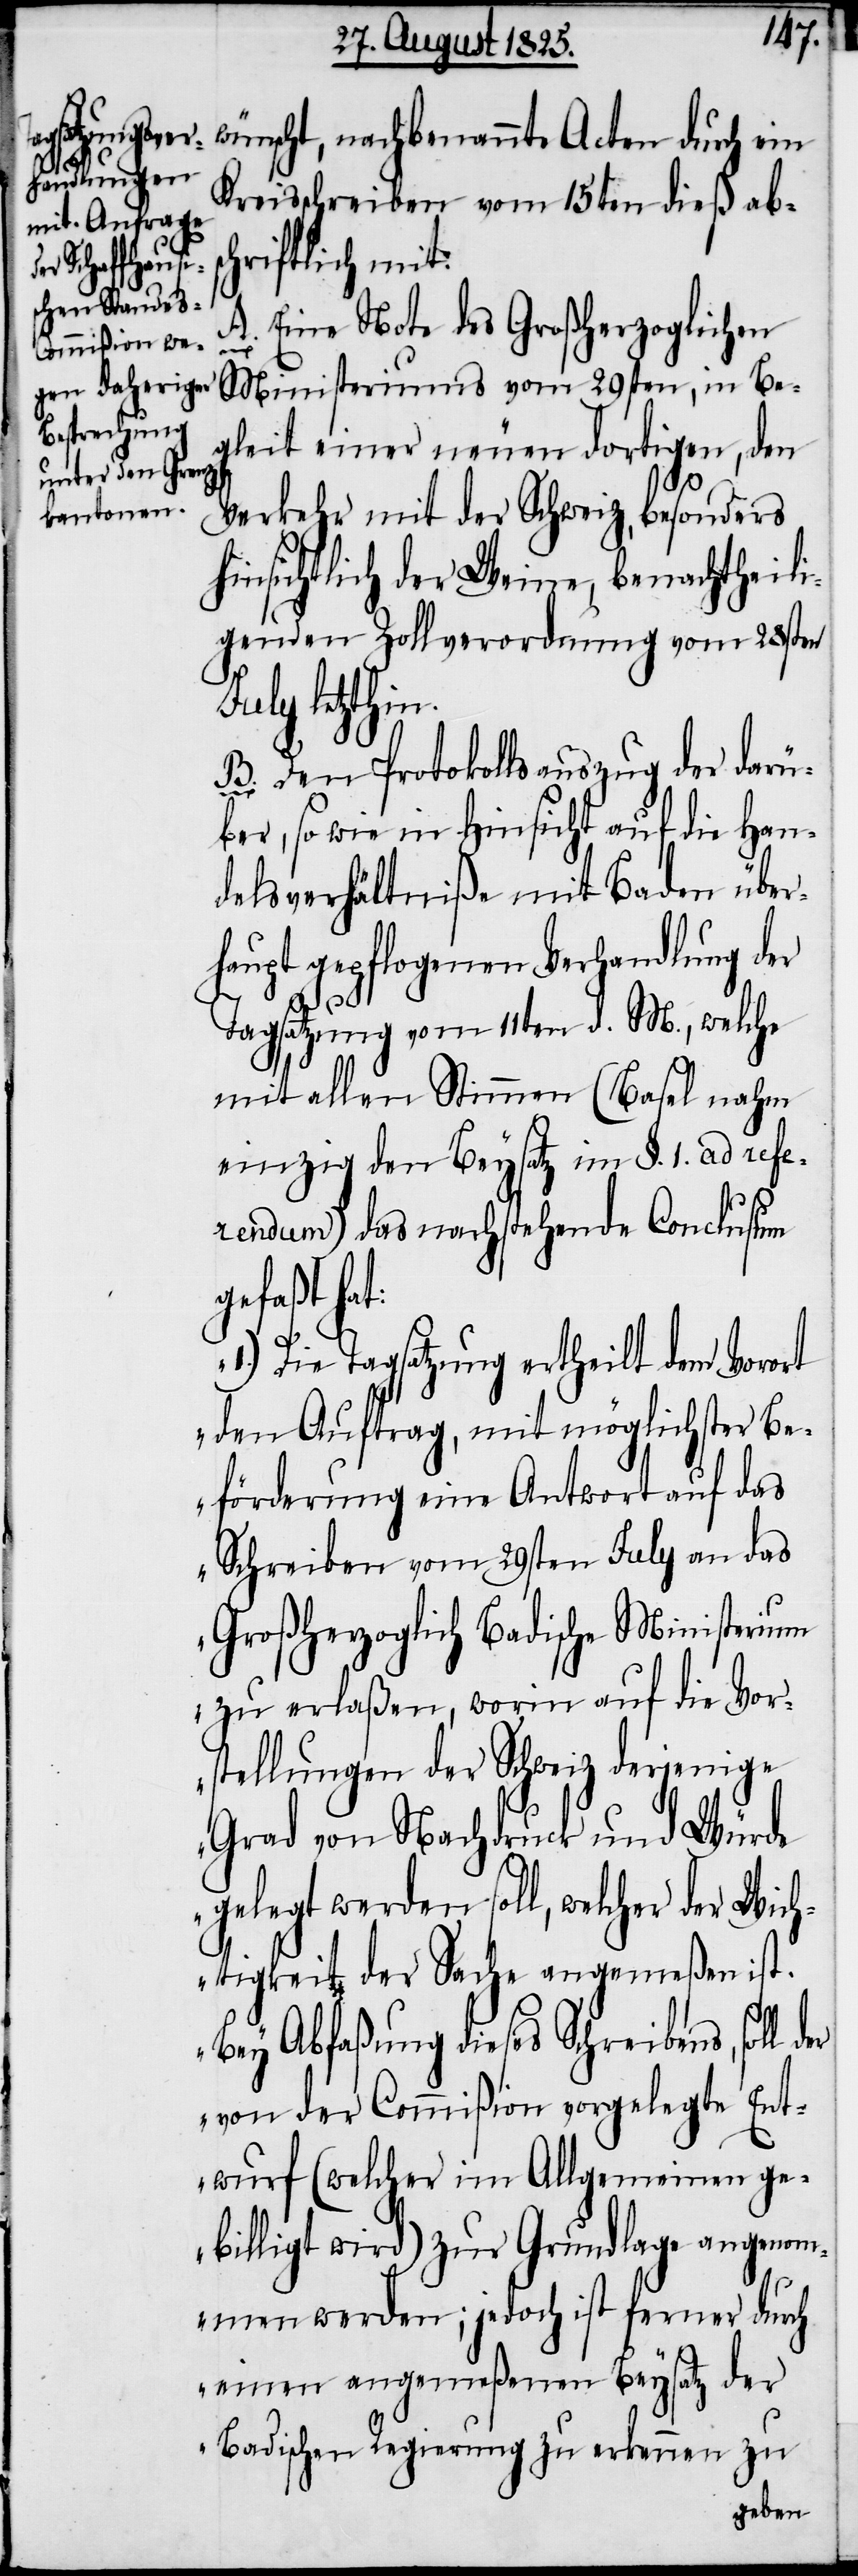
wünscht, nachbenannte Acten durch ein
Kreisschreiben vom 15ten dieß abs¬
chriftlich mit.
A. Eine Note des großherzoglichen
Ministeriums vom 29sten, in Be¬
gleit einer neuen dortigen, den
Verkehr mit der Schweiz, besonders
hinsichtlich der Weine, benachtheili¬
genden Zollverordnung vom 28sten
July letzthin.
B. Den Protokollsauszug der darü¬
ber, so wie in Hinsicht auf die Han¬
delsverhältniße mit Baden über¬
haupt gepflogenen Verhandlung der
Tagsatzung vom 11ten d. M., welche
mit allen Stimmen (Basel nahm
einzig den Beysatz im §. 1. ad refe¬
rendum) das nachstehende Conclusum
gefaßt hat:
„1.) Die Tagsatzung ertheilt dem Vorort
den Auftrag, mit möglichster Be¬
förderung eine Antwort auf das
Schreiben vom 29sten July an das
Großherzoglich Badische Ministerium
zu erlaßen, worin auf die Vor¬
stellungen der Schweiz derjenige
Grad von Nachdruck und Würde
gelegt werden soll, welcher der Wich¬
tigkeit der Sache angemeßen ist.
Bey Abfaßung dieses Schreibens, soll
von der Commißion vorgelegte Ent¬
wurf (welcher im Allgemeinen ge¬
billigt wird) zur Grundlage angenom¬
men werden; jedoch ist ferner durch
einen angemeßenen Beysatz der
Badischen Regierung zu erkennen zu